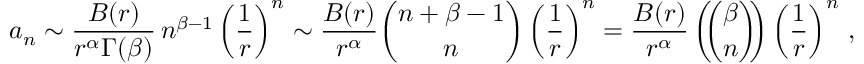
a _ { n } \sim { \frac { B ( r ) } { r ^ { \alpha } \Gamma ( \beta ) } } \, n ^ { \beta - 1 } \left( { \frac { 1 } { r } } \right) ^ { n } \sim { \frac { B ( r ) } { r ^ { \alpha } } } { \binom { n + \beta - 1 } { n } } \left( { \frac { 1 } { r } } \right) ^ { n } = { \frac { B ( r ) } { r ^ { \alpha } } } \left( \! \! { \binom { \beta } { n } } \! \! \right) \left( { \frac { 1 } { r } } \right) ^ { n } \, ,